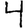
Digit: 4